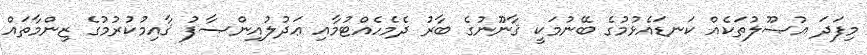
މިފަދަ އުޞޫލުތަކެއް ކަނޑައެޅުމުގެ ބޭނުމަކީ ޤާނޫނުގެ ބާރު ދެމެހެއްޓުމާއި ޢަދުލުއިންޞާފު ޤާއިމުކުރުމުގެ ޒިންމާތައް